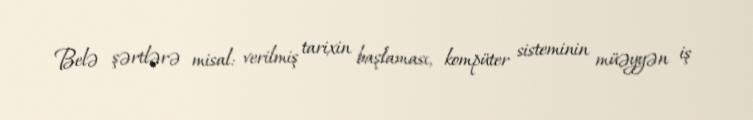
Belə şərtlərə misal: verilmiş tarixin başlaması, kompüter sisteminin müəyyən iş